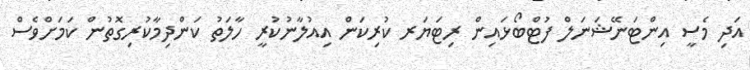
އަދި މެސީ އިންޓަނޭޝަނަލް ފުޓްބޯޅައިން ރިޓަޔަރ ކުރިކަން އިއުލާނުކުރީ ހާލަތު ކަންދިމާކުރިގޮތުން ކަމަށްވެސް